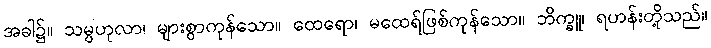
အခါ၌။ သမ္ပဟုလာ၊ များစွာကုန်သော။ ထေရော၊ မထေရ်ဖြစ်ကုန်သော။ ဘိက္ခူ၊ ရဟန်းတို့သည်။